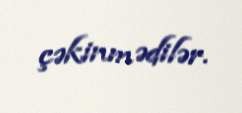
çəkinmədilər.